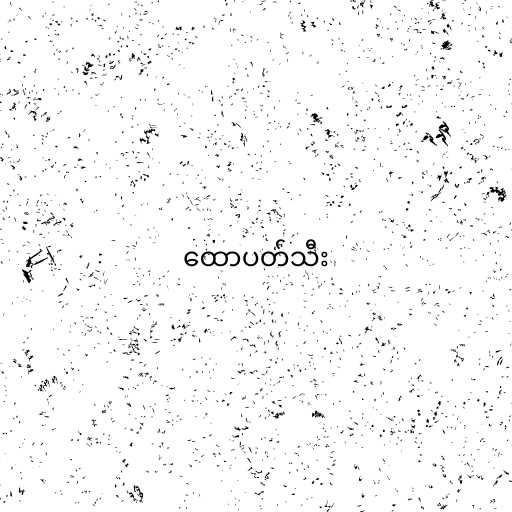
ထောပတ်သီး